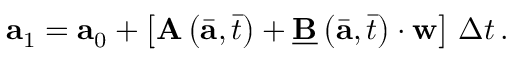
\mathbf { a } _ { 1 } = \mathbf { a } _ { 0 } + \left[ \mathbf { A } \left( \bar { \mathbf { a } } , \bar { t } \right) + \underline { { \mathbf { B } } } \left( \bar { \mathbf { a } } , \bar { t } \right) \cdot \mathbf { w } \right] \, \Delta t \, .